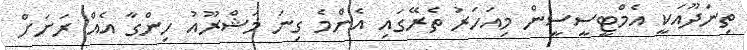
ތިނަދޫއަކީ އެމްޓީސީސީން މިއަހަރު ތެރޭގައި އެންމެ ގިނަ މަޝްރޫއު ހިންގާ އެއް ރަށަށް